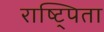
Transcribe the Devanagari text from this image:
राष्ट्पिता